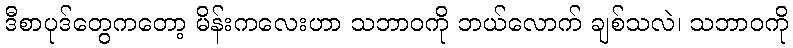
ဒီစာပုဒ်တွေကတော့ မိန်းကလေးဟာ သဘာဝကို ဘယ်လောက် ချစ်သလဲ၊ သဘာဝကို